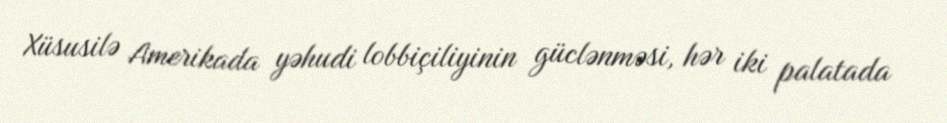
Xüsusilə Amerikada yəhudi lobbiçiliyinin güclənməsi, hər iki palatada